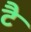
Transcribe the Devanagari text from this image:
टै